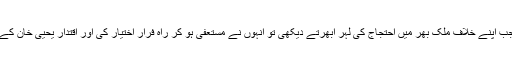
ایوب خان نے جب اپنے خلاف ملک بھر میں احتجاج کی لہر ابھرتے دیکھی تو انہوں نے مستعفی ہو کر راہ فرار اختیار کی اور اقتدار یحییٰ خان کے حوالے کر دیا۔